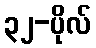
၃၂-ပိုလ်